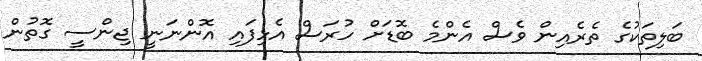
ބަލިތަކުގެ ތެރެއިން ވެސް އެންމެ ބޮޑަށް ހުރަސް އެޅިފައި އޮންނަނީ ޖިންސީ ގޮތުން